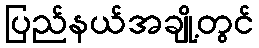
ပြည်နယ်အချို့တွင်